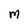
Character: M